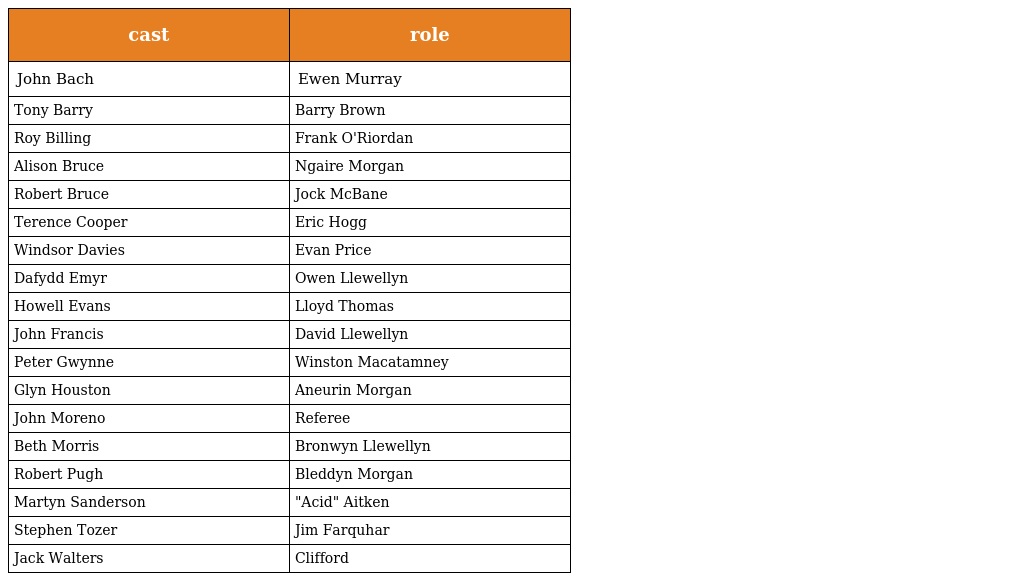
| cast | role |
 | --- | --- |
 | John Bach | Ewen Murray |
 | Tony Barry | Barry Brown |
 | Roy Billing | Frank O'Riordan |
 | Alison Bruce | Ngaire Morgan |
 | Robert Bruce | Jock McBane |
 | Terence Cooper | Eric Hogg |
 | Windsor Davies | Evan Price |
 | Dafydd Emyr | Owen Llewellyn |
 | Howell Evans | Lloyd Thomas |
 | John Francis | David Llewellyn |
 | Peter Gwynne | Winston Macatamney |
 | Glyn Houston | Aneurin Morgan |
 | John Moreno | Referee |
 | Beth Morris | Bronwyn Llewellyn |
 | Robert Pugh | Bleddyn Morgan |
 | Martyn Sanderson | "Acid" Aitken |
 | Stephen Tozer | Jim Farquhar |
 | Jack Walters | Clifford |